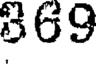
369